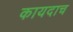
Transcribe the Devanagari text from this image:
कायदाच